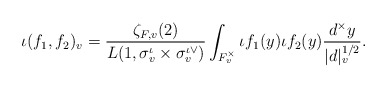
\begin{align*}\iota(f_{1},f_{2})_{v}= { \zeta_{F,v}(2) \over L(1, \sigma_{v}^{\iota}\times \sigma_{v}^{\iota \vee})} \int_{F_{v}^{\times}}\iota f_{1}(y) \iota f_{2}(y) {d^{\times}y\over |d|_{v}^{1/2}}.\end{align*}